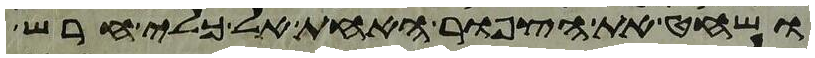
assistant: ושחט את הצפור האחת אל כלי חרש